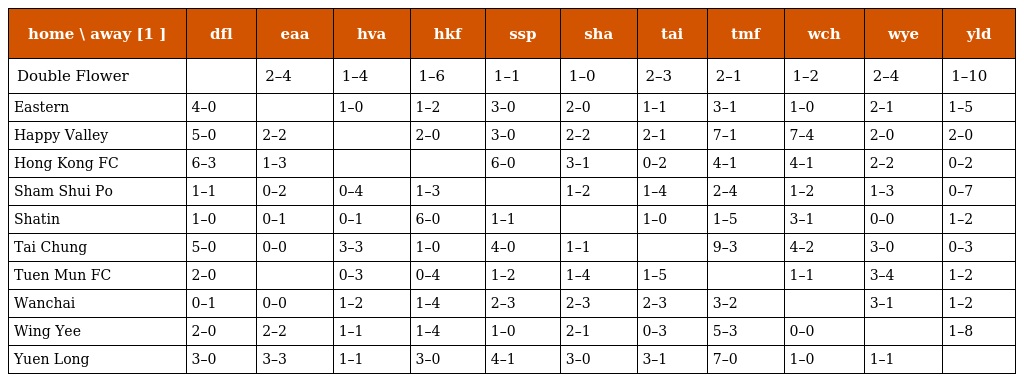
| home \ away [1 ] | dfl | eaa | hva | hkf | ssp | sha | tai | tmf | wch | wye | yld |
 | --- | --- | --- | --- | --- | --- | --- | --- | --- | --- | --- | --- |
 | Double Flower |  | 2–4 | 1–4 | 1–6 | 1–1 | 1–0 | 2–3 | 2–1 | 1–2 | 2–4 | 1–10 |
 | Eastern | 4–0 |  | 1–0 | 1–2 | 3–0 | 2–0 | 1–1 | 3–1 | 1–0 | 2–1 | 1–5 |
 | Happy Valley | 5–0 | 2–2 |  | 2–0 | 3–0 | 2–2 | 2–1 | 7–1 | 7–4 | 2–0 | 2–0 |
 | Hong Kong FC | 6–3 | 1–3 |  |  | 6–0 | 3–1 | 0–2 | 4–1 | 4–1 | 2–2 | 0–2 |
 | Sham Shui Po | 1–1 | 0–2 | 0–4 | 1–3 |  | 1–2 | 1–4 | 2–4 | 1–2 | 1–3 | 0–7 |
 | Shatin | 1–0 | 0–1 | 0–1 | 6–0 | 1–1 |  | 1–0 | 1–5 | 3–1 | 0–0 | 1–2 |
 | Tai Chung | 5–0 | 0–0 | 3–3 | 1–0 | 4–0 | 1–1 |  | 9–3 | 4–2 | 3–0 | 0–3 |
 | Tuen Mun FC | 2–0 |  | 0–3 | 0–4 | 1–2 | 1–4 | 1–5 |  | 1–1 | 3–4 | 1–2 |
 | Wanchai | 0–1 | 0–0 | 1–2 | 1–4 | 2–3 | 2–3 | 2–3 | 3–2 |  | 3–1 | 1–2 |
 | Wing Yee | 2–0 | 2–2 | 1–1 | 1–4 | 1–0 | 2–1 | 0–3 | 5–3 | 0–0 |  | 1–8 |
 | Yuen Long | 3–0 | 3–3 | 1–1 | 3–0 | 4–1 | 3–0 | 3–1 | 7–0 | 1–0 | 1–1 |  |